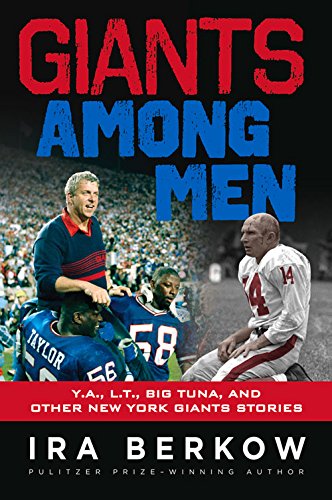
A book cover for Giants Among Men: Y.A., L.T., the Big Tuna, and Other New York Giants Stories; Ira Berkow; Travel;